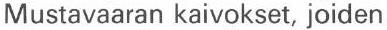
Mustavaaran kaivokset, joiden